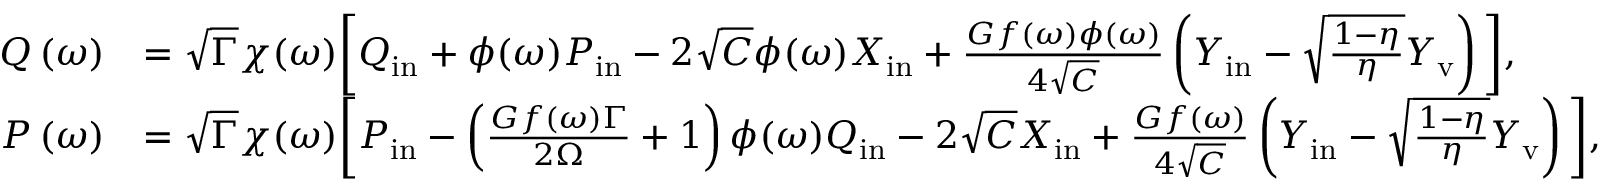
\begin{array} { r l } { Q \ensuremath { \left( \omega \right) } } & { = \sqrt { \Gamma } \chi ( \omega ) \bigg [ Q _ { \mathrm { i n } } + \phi ( \omega ) P _ { \mathrm { i n } } - 2 \sqrt { C } \phi ( \omega ) X _ { \mathrm { i n } } + \frac { G f ( \omega ) \phi ( \omega ) } { 4 \sqrt { C } } \left( Y _ { \mathrm { i n } } - \sqrt { \frac { 1 - \eta } { \eta } } Y _ { \mathrm { v } } \right) \bigg ] , } \\ { P \ensuremath { \left( \omega \right) } } & { = \sqrt { \Gamma } \chi ( \omega ) \bigg [ P _ { \mathrm { i n } } - \left( \frac { G f ( \omega ) \Gamma } { 2 \Omega } + 1 \right) \phi ( \omega ) Q _ { \mathrm { i n } } - 2 \sqrt { C } X _ { \mathrm { i n } } + \frac { G f ( \omega ) } { 4 \sqrt { C } } \left( { Y _ { \mathrm { i n } } } - \sqrt { \frac { 1 - \eta } { \eta } } Y _ { \mathrm { v } } \right) \bigg ] , } \end{array}